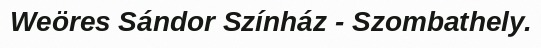
Weöres Sándor Színház - Szombathely.